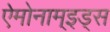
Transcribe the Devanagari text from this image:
ऐमोनाम्‌इड्स